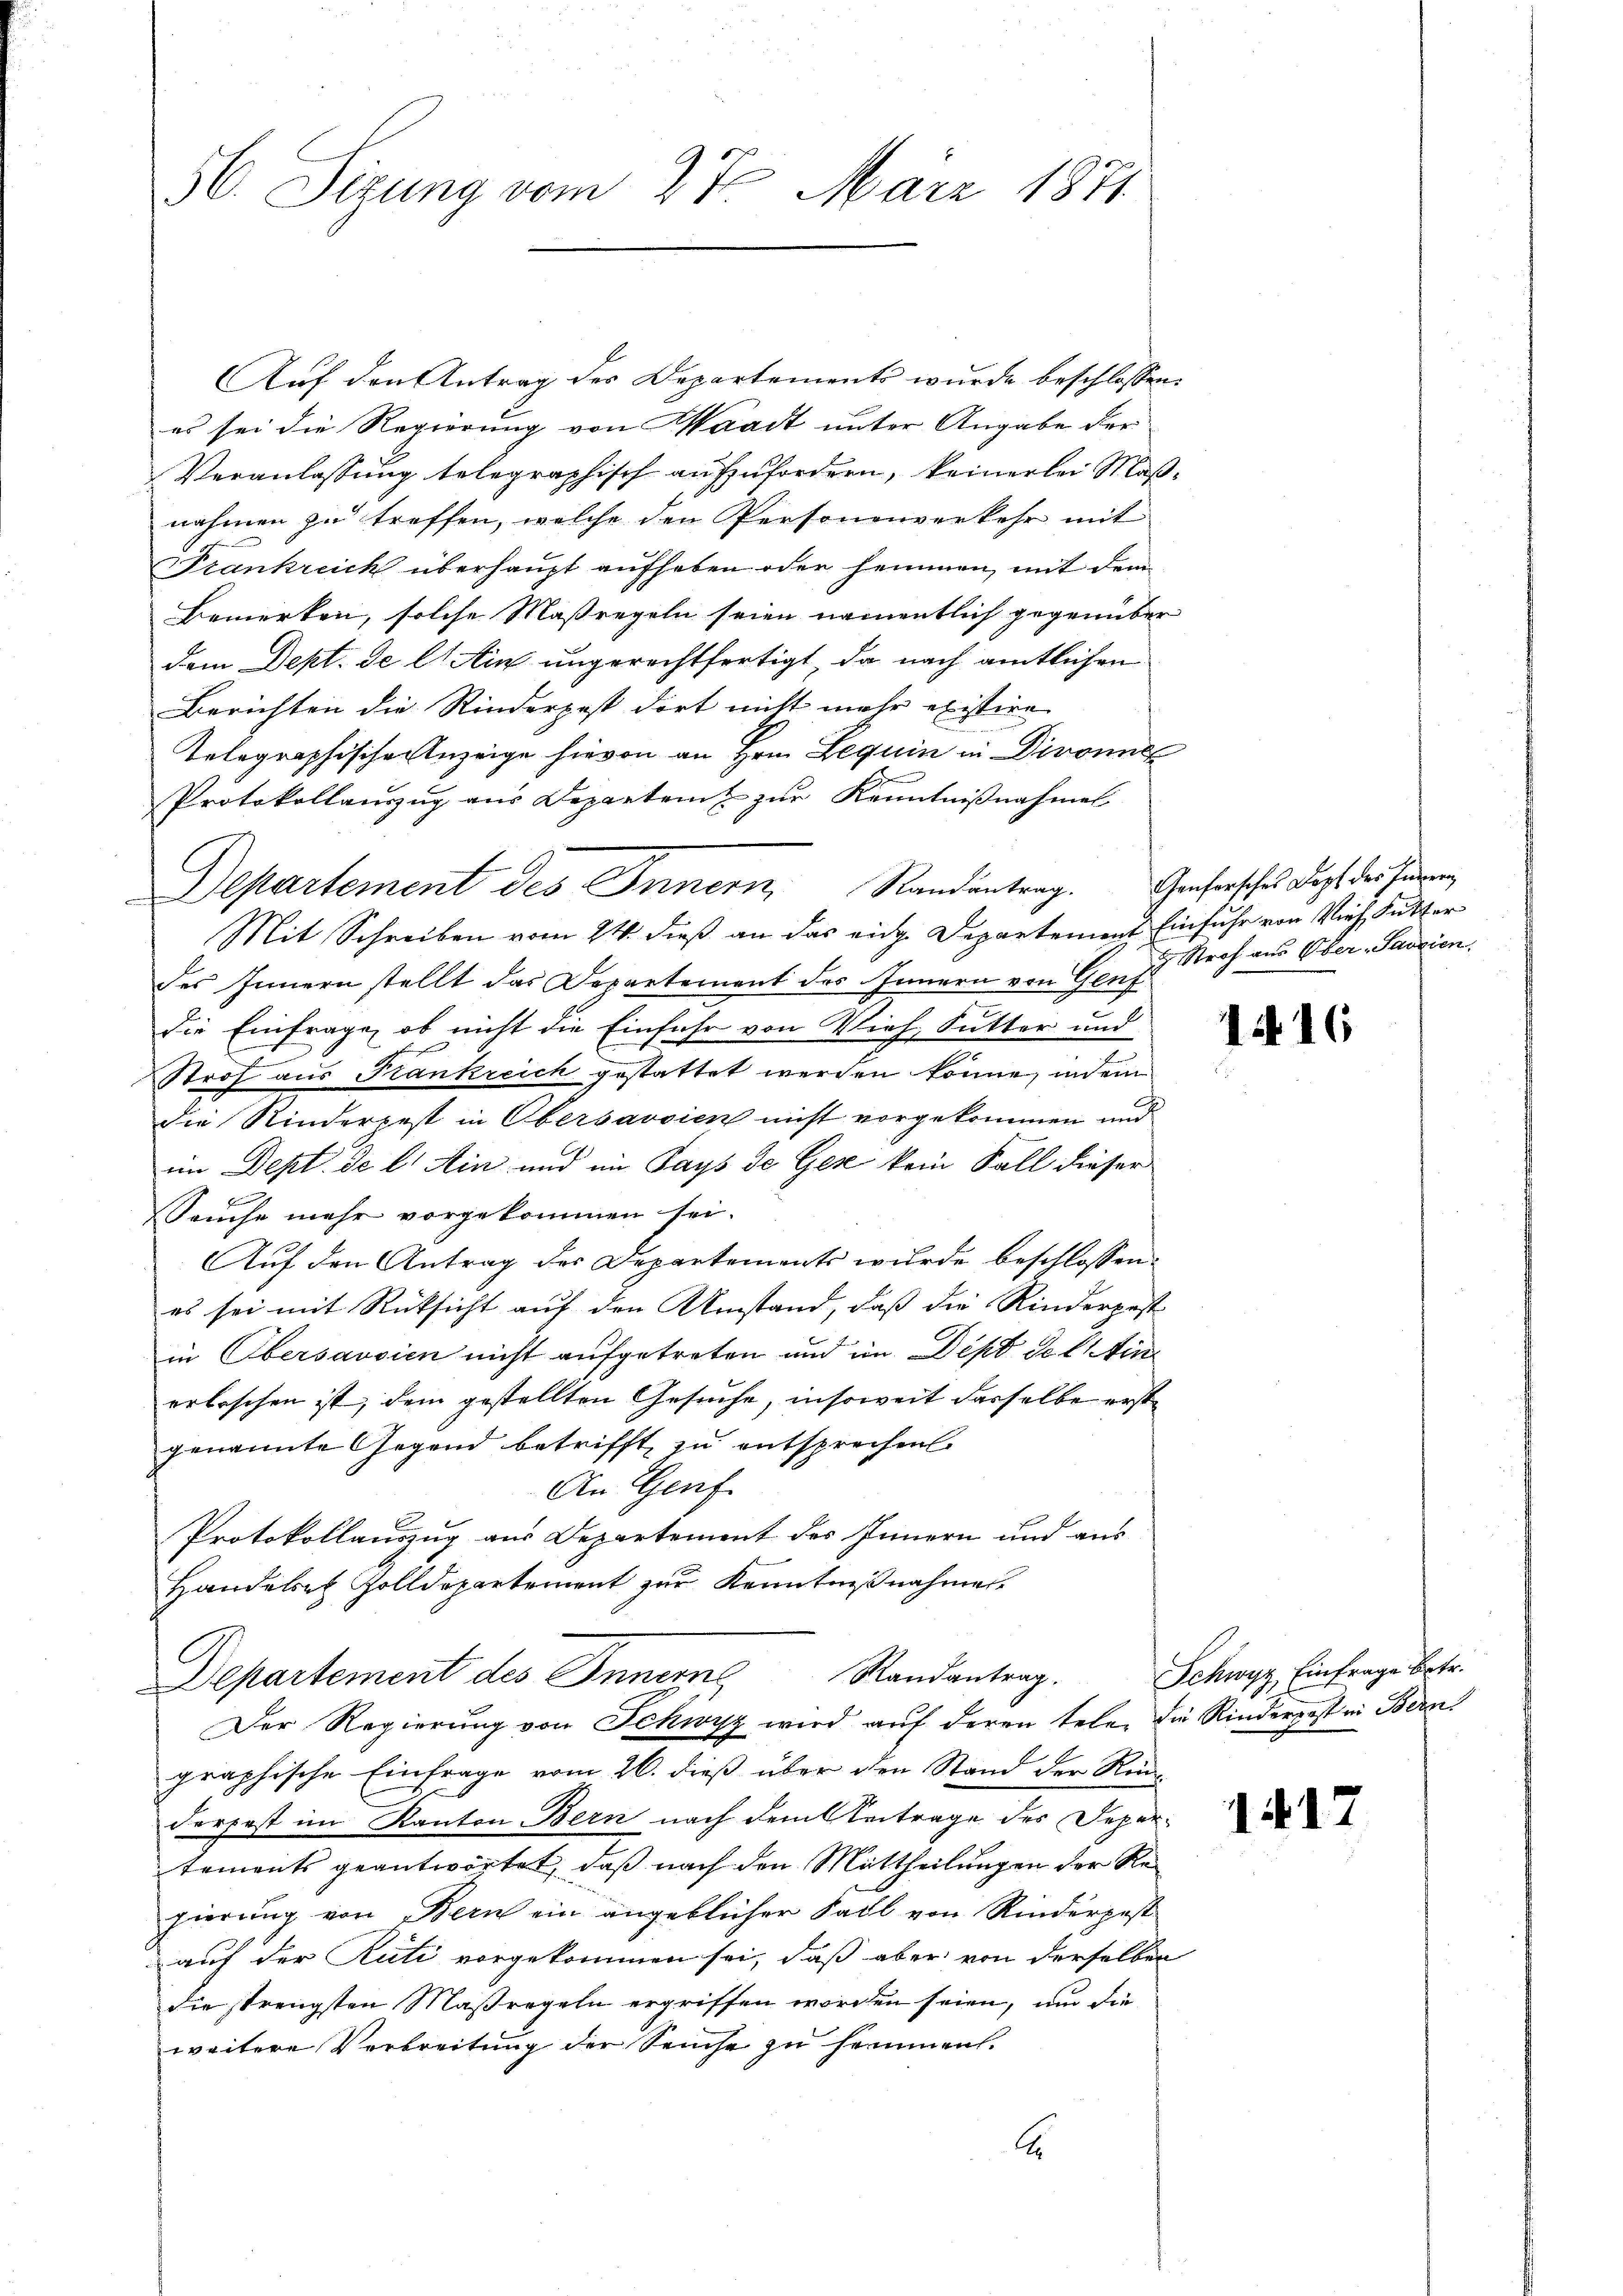
56. Sizung vom 27. März 1871

Aŭf den Antrag des Departements wurde beschlossen:
es sei die Regierung von Waadt unter Angabe der
Veranlassung telegraphisch aufzufordern, keinerlei Maßnahmen zu treffen, welche den Personenverkehr mit
Frankreich überhaupt aufheben oder hemmen, mit dem
Bemerken, solche Maßregeln seien namentlich gegenüber
dem Dept. de lt. Ain ungerechtfertigt, da nach amtlichen
Berichten die Rinderpost dort nicht mehr existire
Telegraphische Anzeige hievon an Hrn. Lequin in Divone
Protokollauszug aus Departamt zur Kenntnißnahmel
Mit Schreiben vom 24. dieß an das eige Departement Einfuhr von Vieh, Futter
des Innern stellt das Departement des Innern von Genf
die Einfrage, ob nicht die Einfahr von Vieh, Sutter und
Stroh aus Frankreich gestattet werden könne, indem
die Kinderpest in Obersavsien nicht vorgekommen und
im Dept. de l. Ain und im Pays de Gese kein Fall dieser
Sache mehr vorgekommen sei.
Auf den Antrag der Departements wurde beschlossen:
es sei mit Rücksicht auf den Umstand, daß die Rinderpest
in Obersavsien nicht aufgetreten und im Depo del in
erloschen ist, dem gestellten Gesuche, insoweit dasselbe erste
genannte Gegend betrifft zu entsprechen
An Genf
Protokollauszug aus Departement des Innern und aus
Handelser Zolldepartement zur Kenntnißnahmen.
Randantrag.
Departement des Innern
Der Regierung von Schwyz wird auf deren tele, die Rinderpest in Bern
graphische Einfrage vom 26. dieß über den Stand der Rümderfest im Kanton Bern nach dem Vertrage des Depertements geantwortet, daß nach den Mittheilungen der Regierung von Bern ein angeblicher Fall von Rinderpest
auf der Rüti vorgekommen sei, daß aber von derselben
die strengsten Maßregeln ergriffen worden seien, und die
weitere Verbreitung der Seuche zu hemmen.
A

Departement des Innern, Randantrag. Genfersche doch der Handeren

Stroh aus Ober-Sareien.

e

1416

Schwyz, Einfrage betr.

1417